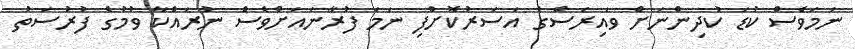
ނަމަވެސް ކުޑަ ކުދިންނަށް ވައިރަސްގެ އަސަރުކޮށްފި ނަމަ ފުރާނައަށްވެސް ނުރައްކާ ވުމުގެ ފުރުސަތު